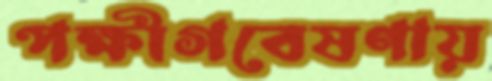
পক্ষীগবেষণায়